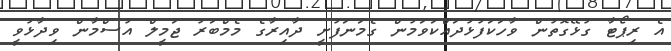
އެ ރިޕޯޓާ ގުޅޭގޮތުން ވާހަކަފުޅުދައްކަވަމުން ގެމަނަފުށީ ދާއިރާގެ މެމްބަރު ޖަމީލް އުސްމާން ވިދާޅުވީ